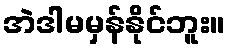
အဲဒါမမှန်နိုင်ဘူး။